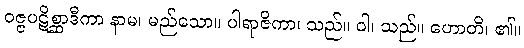
ဝဇ္ဇပဋိစ္ဆာဒီကာ နာမ၊ မည်သော။ ပါရာဇိကာ၊ သည်။ ဝါ၊ သည်။ ဟောတိ၊ ၏။